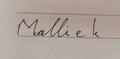
Signature authenticity: forged